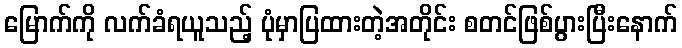
မြောက်ကို လက်ခံရယူသည့် ပုံမှာပြထားတဲ့အတိုင်း စတင်ဖြစ်ပွားပြီးနောက်